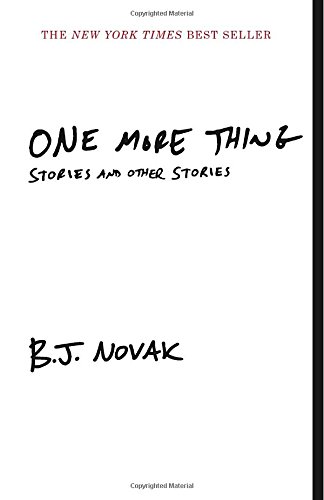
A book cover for One More Thing: Stories and Other Stories (Vintage Contemporaries); B.J. Novak; Literature & Fiction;